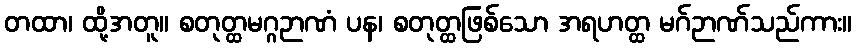
တထာ၊ ထို့အတူ။ စတုတ္ထမဂ္ဂဉာဏံ ပန၊ စတုတ္ထဖြစ်သော အရဟတ္ထ မဂ်ဉာဏ်သည်ကား။